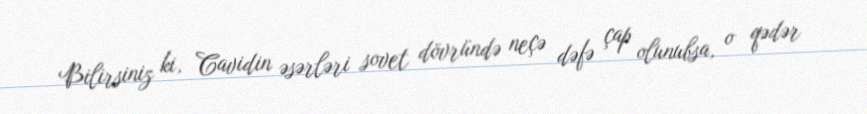
Bilirsiniz ki, Cavidin əsərləri sovet dövründə neçə dəfə çap olunubsa, o qədər